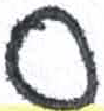
אות: ע